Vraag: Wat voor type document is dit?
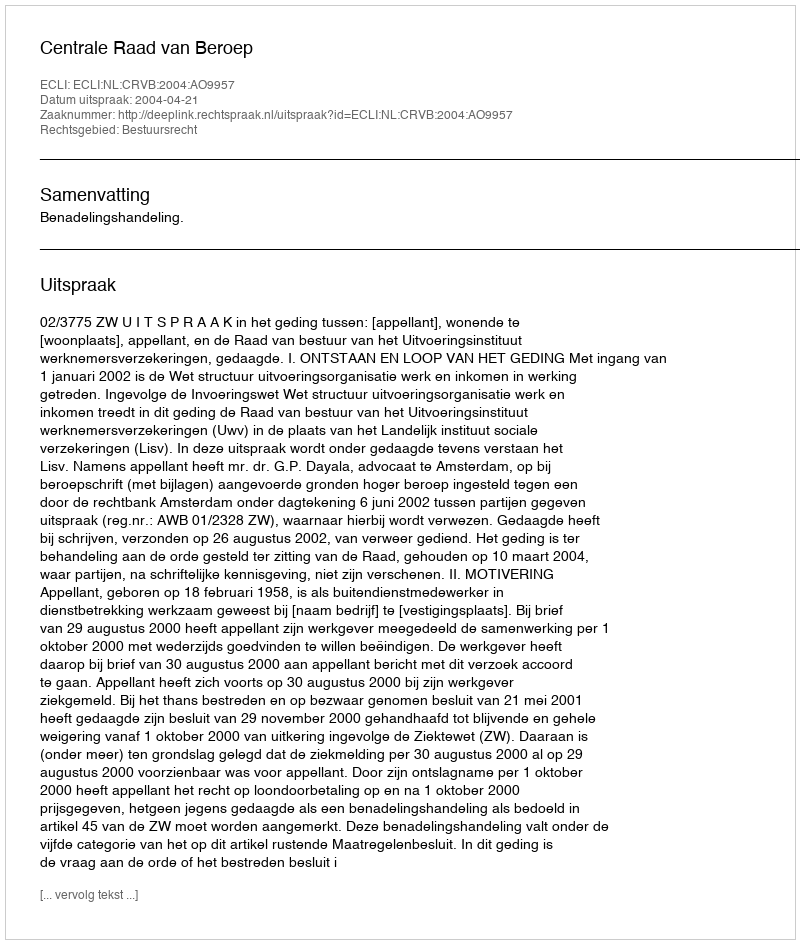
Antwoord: Uitspraak